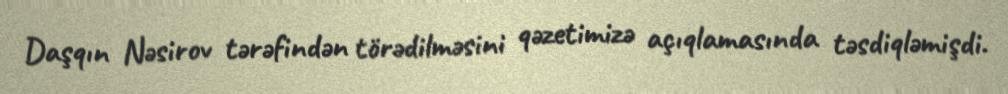
Daşqın Nəsirov tərəfindən törədilməsini qəzetimizə açıqlamasında təsdiqləmişdi.